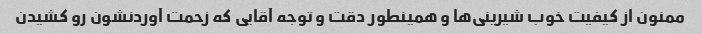
ممنون از کیفیت خوب شیرینی‌ها و همینطور دقت و توجه آقایی که زحمت آوردنشون رو کشیدن